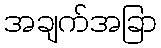
အချက်အခြာ